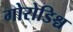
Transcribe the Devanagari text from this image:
गोरोडिश्च